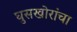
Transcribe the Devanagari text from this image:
घुसखोरांचा